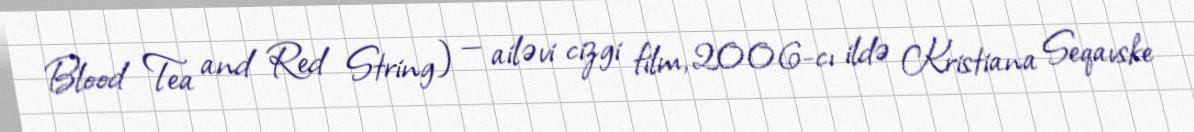
Blood Tea and Red String) — ailəvi cizgi film, 2006-cı ildə Kristiana Seqavske